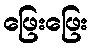
ဖြေးဖြေး